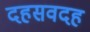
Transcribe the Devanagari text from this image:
दहसवदह